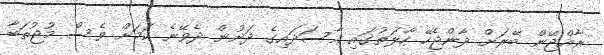
ރާއްޖޭން ބޭރަށް ދާންޖެހޭ ހާލަތުގައި އާސަދައިގެ ދަށުން ދެވޭނެ ކަަމަށް ވެސް މުޖުތަބާ